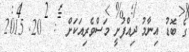
ގެ ބޮޑު އިނާމު ދިއްފުށީ މަސްވެރިއަކަށް  :  20